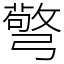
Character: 𢐧